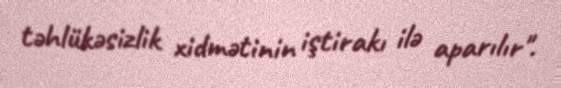
təhlükəsizlik xidmətinin iştirakı ilə aparılır".